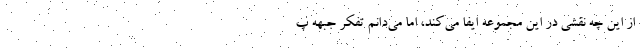
از این چه نقشی در این مجموعه ایفا می‌کند، اما می‌دانم تفکر جبهه پ